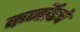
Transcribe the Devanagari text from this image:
कर्नॉटचे